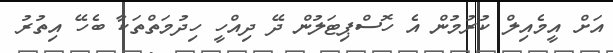
އަށް އީމެއިލް ކުރުމުން އެ ހޮސްޕިޓަލުން ދޭ ދިއްހީ ހިދުމަތްތަކާ ބެހޭ އިތުރު